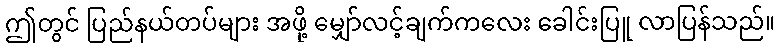
ဤတွင် ပြည်နယ်တပ်များ အဖို့ မျှော်လင့်ချက်ကလေး ခေါင်းပြူ လာပြန်သည်။